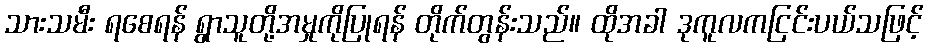
သားသမီး ရစေရန် ရွာသူတို့အမှုကိုပြုရန် တိုက်တွန်းသည်။ ထိုအခါ ဒုကူလကငြင်းပယ်သဖြင့်